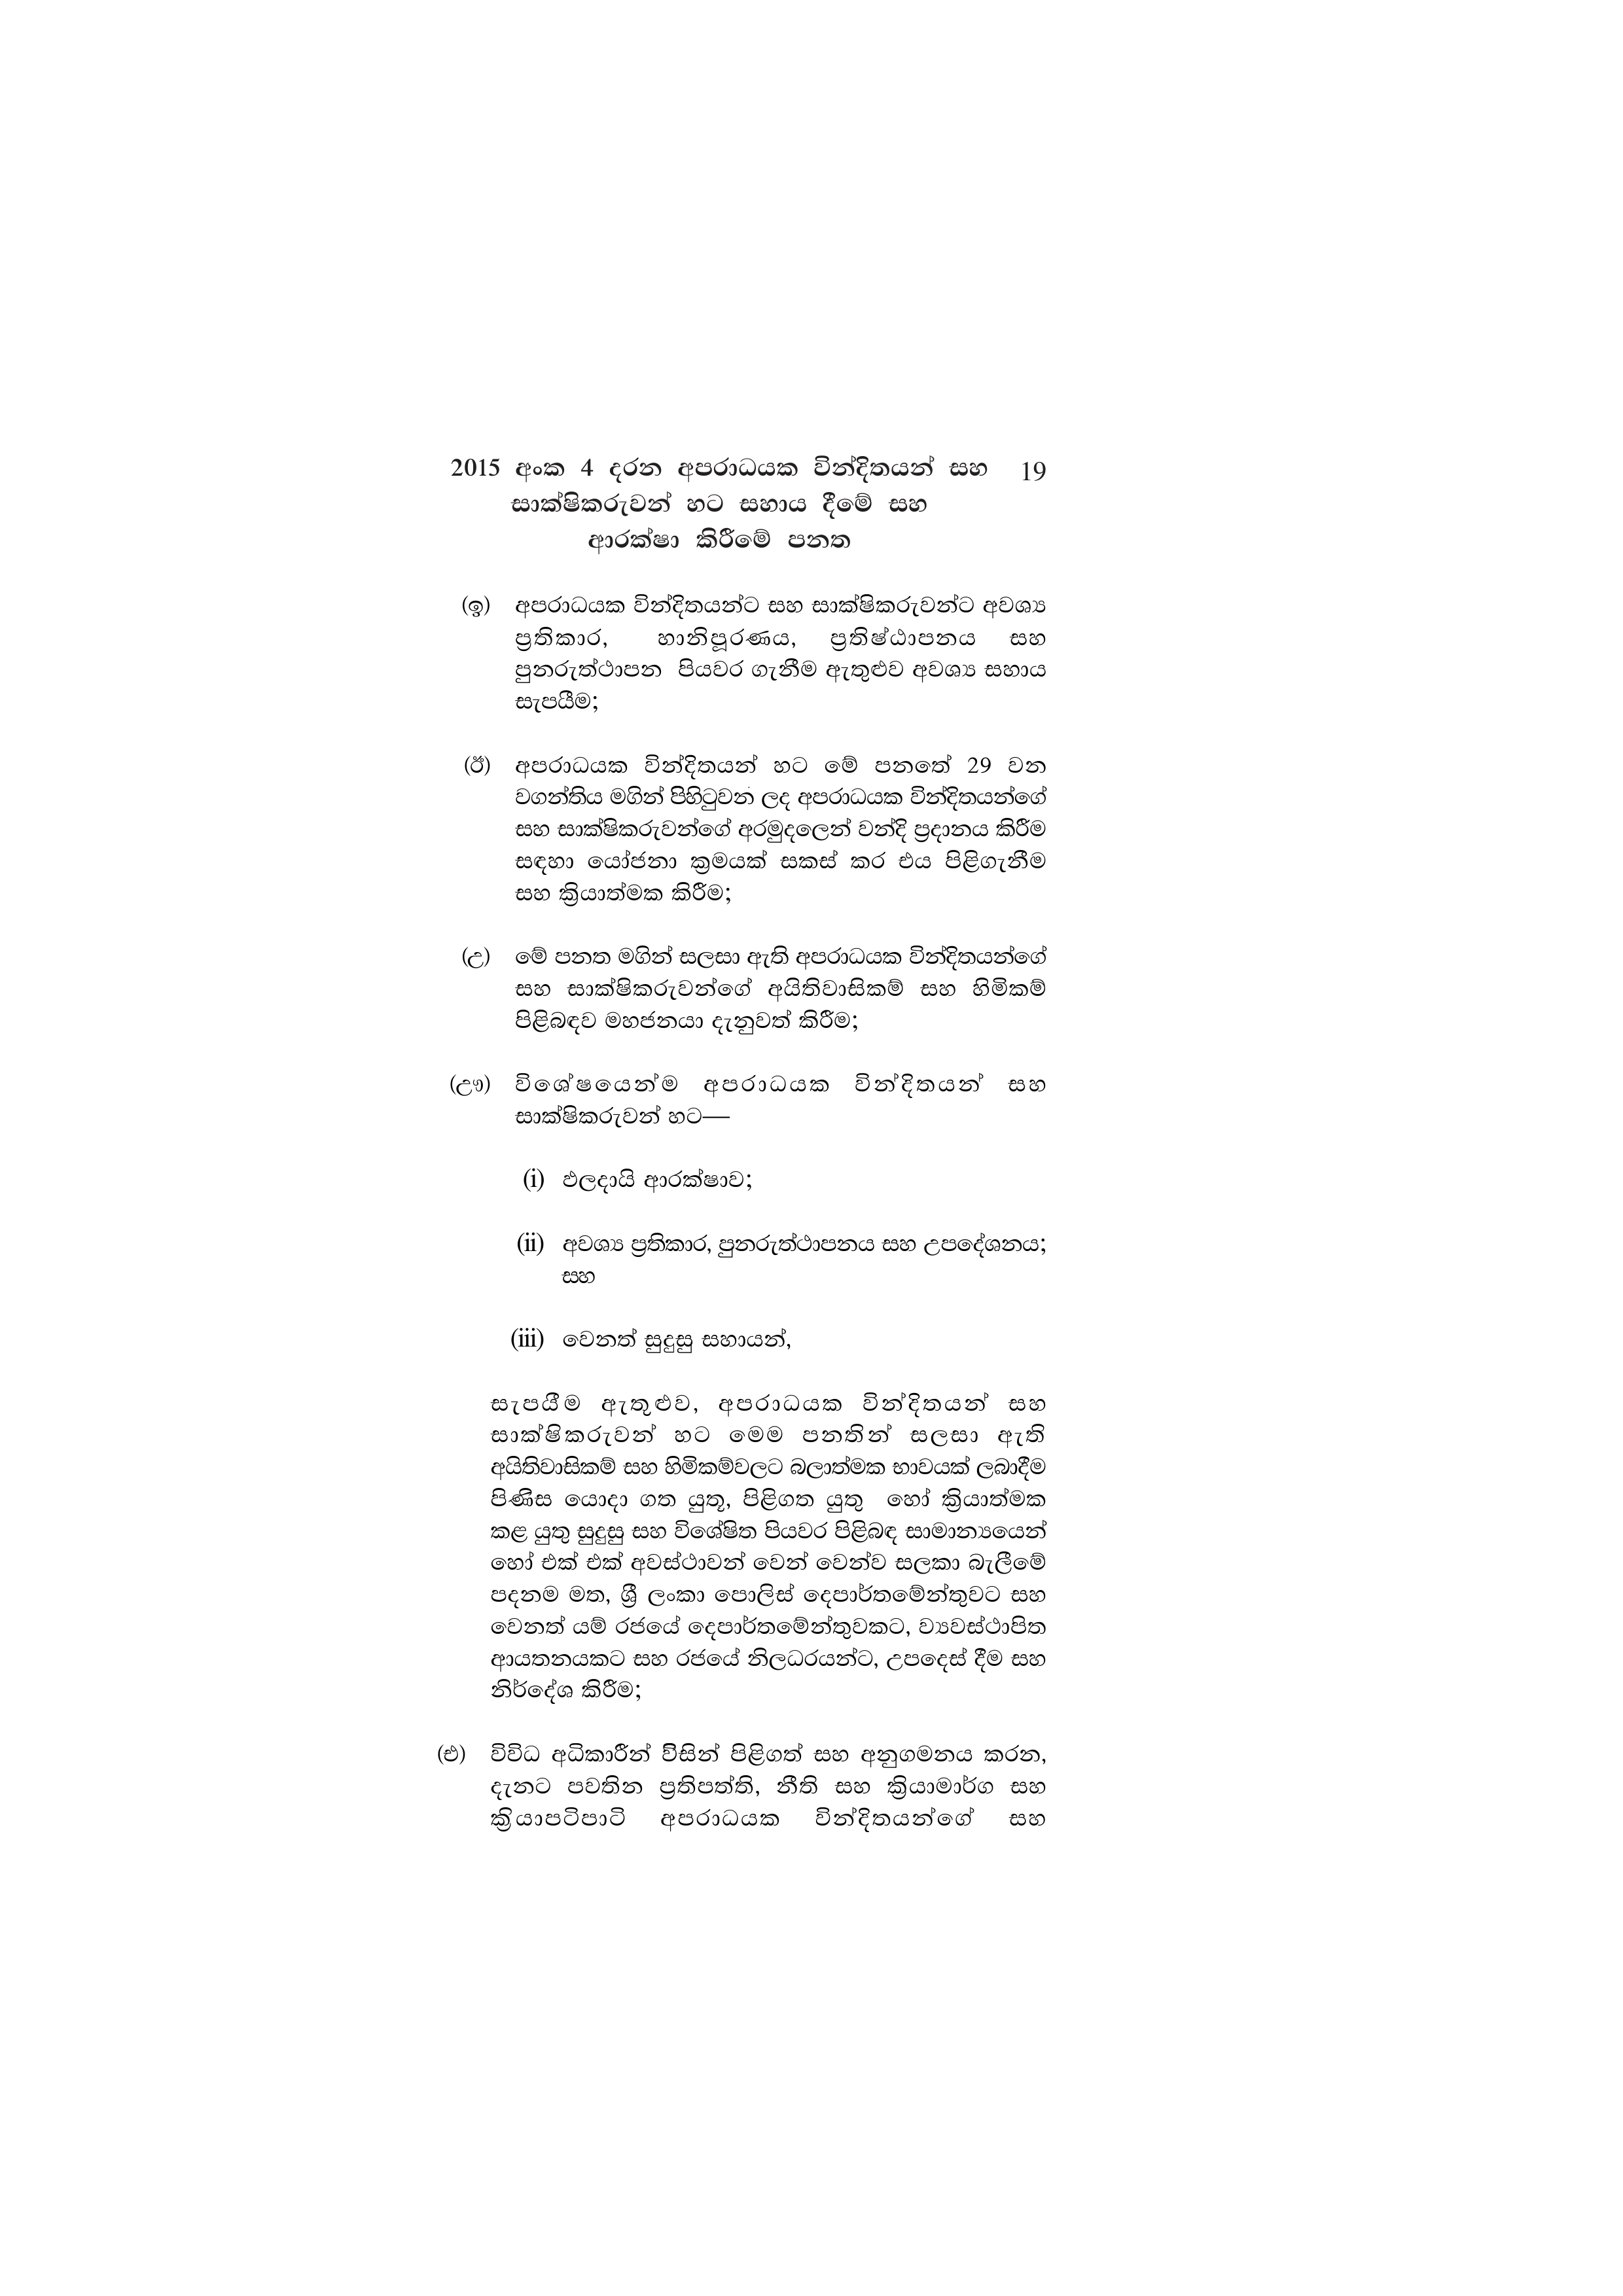
2015 අංක 4 දරන අපරාධයක වින්දිතයන් සහ 19
සාක්ෂිකරුවන් හට සහාය දීමේ සහ
ආරක්ෂා කිරීමේ පනත

(ඉ) අපරාධයක වින්දිතයන්ට සහ සාක්ෂිකරුවන්ට අවශ්‍ය
ප්‍රතිකාර, හානිපූරණය, ප්‍රතිෂ්ඨාපනය සහ
පුනරුත්ථාපන පියවර ගැනීම ඇතුළුව අවශ්‍ය සහාය
සැපයීම;

(ඊ) අපරාධයක වින්දිතයන් හට මේ පනතේ 29 වන
වගන්තිය මගින් පිහිටුවන ලද අපරාධයක වින්දිතයන්ගේ
සහ සාක්ෂිකරුවන්ගේ අරමුදලෙන් වන්දි ප්‍රදානය කිරීම
සඳහා යෝජනා ක්‍රමයක් සකස් කර එය පිළිගැනීම
සහ ක්‍රියාත්මක කිරීම;

(උ) මේ පනත මගින් සලසා ඇති අපරාධයක වින්දිතයන්ගේ
සහ සාක්ෂිකරුවන්ගේ අයිතිවාසිකම් සහ හිමිකම්
පිළිබඳව මහජනයා දැනුවත් කිරීම;

(ඌ) විශේෂයෙන්ම අපරාධයක වින්දිතයන් සහ
සාක්ෂිකරුවන් හට—

(i) ඵලදායි ආරක්ෂාව;

(ii) අවශ්‍ය ප්‍රතිකාර, පුනරුත්ථාපනය සහ උපදේශනය;
සහ

(iii) වෙනත් සුදුසු සහායන්,

සැපයීම ඇතුළුව, අපරාධයක වින්දිතයන් සහ
සාක්ෂිකරුවන් හට මෙම පනතින් සලසා ඇති
අයිතිවාසිකම් සහ හිමිකම්වලට බලාත්මක භාවයක් ලබාදීම
පිණිස යොදා ගත යුතූ, පිළිගත යුතු හෝ ක්‍රියාත්මක
කළ යුතු සුදුසු සහ විශේෂිත පියවර පිළිබඳ සාමාන්‍යයෙන්
හෝ එක් එක් අවස්ථාවන් වෙන් වෙන්ව සලකා බැලීමේ
පදනම මත, ශ්‍රී ලංකා පොලිස් දෙපාර්තමේන්තුවට සහ
වෙනත් යම් රජයේ දෙපාර්තමේන්තුවකට, ව්‍යවස්ථාපිත
ආයතනයකට සහ රජයේ නිලධරයන්ට, උපදෙස් දීම සහ
නිර්දේශ කිරීම;

(එ) විවිධ අධිකාරීන් විසින් පිළිගත් සහ අනුගමනය කරන,
දැනට පවතින ප්‍රතිපත්ති, නීති සහ ක්‍රියාමාර්ග සහ
ක්‍රියාපටිපාටි අපරාධයක වින්දිතයන්ගේ සහ